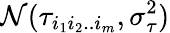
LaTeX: \mathcal{N}(\tau_{i_{1}i_{2}..i_{m}},\sigma_{\tau}^{2})